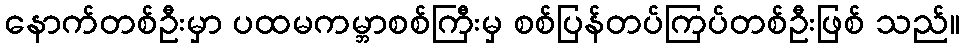
နောက်တစ်ဦးမှာ ပထမကမ္ဘာစစ်ကြီးမှ စစ်ပြန်တပ်ကြပ်တစ်ဦးဖြစ် သည်။